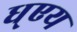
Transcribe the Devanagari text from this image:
ध्एय